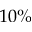
1 0 \%